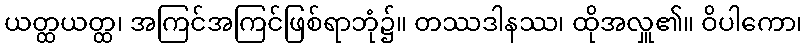
ယတ္ထယတ္ထ၊ အကြင်အကြင်ဖြစ်ရာဘုံ၌။ တဿဒါနဿ၊ ထိုအလှူ၏။ ဝိပါကော၊